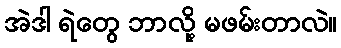
အဲဒါ ရဲတွေ ဘာလို့ မဖမ်းတာလဲ။